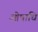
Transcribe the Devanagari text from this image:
ओषाधि